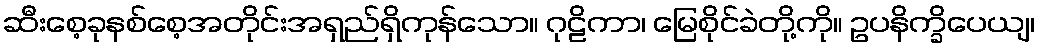
ဆီးစေ့ခုနစ်စေ့အတိုင်းအရှည်ရှိကုန်သော။ ဂုဠိကာ၊ မြေစိုင်ခဲတို့ကို။ ဥပနိက္ခိပေယျ၊